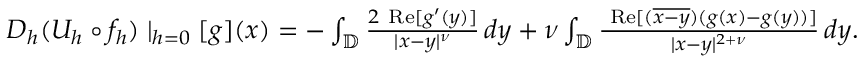
\begin{array} { r } { D _ { h } ( U _ { h } \circ f _ { h } ) \mid _ { h = 0 } [ g ] ( x ) = - \int _ { \mathbb { D } } \frac { 2 \mathrm { \normalfont ~ R e } [ g ^ { \prime } ( y ) ] } { | x - y | ^ { \nu } } \, d y + \nu \int _ { \mathbb { D } } \frac { \mathrm { \normalfont ~ R e } [ ( \overline { { x - y } } ) ( g ( x ) - g ( y ) ) ] } { | x - y | ^ { 2 + \nu } } \, d y . } \end{array}